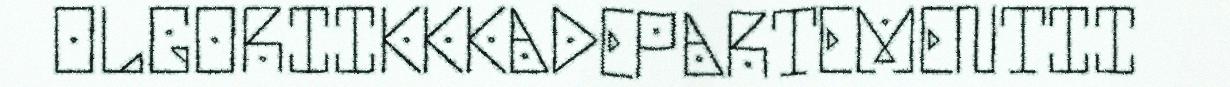
OLGORIIKKKADEPARTEMENTII